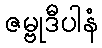
ဇမ္ဗုဒီပါနံ